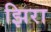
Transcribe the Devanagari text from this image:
झिरा